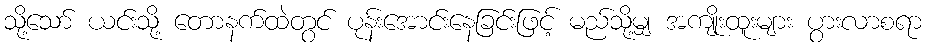
သို့သော် ယင်းသို့ တောနက်ထဲတွင် ပုန်းအောင်းနေခြင်းဖြင့် မည်သို့မျှ အကျိုးထူးများ ပွားလာစရာ